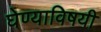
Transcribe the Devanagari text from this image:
घेण्‍याविषयी